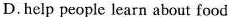
D.help people learn about food